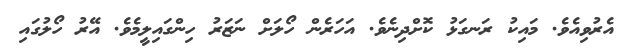
އެރުވިއެވެ. މައިކު ރަނގަޅު ކޮށްދިނެވެ. އަހަރެން ހޯލަށް ނަޒަރު ހިންގައިލީމެވެ. އޭރު ހޯލުގައި